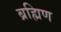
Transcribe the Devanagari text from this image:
ब्रह्मिण